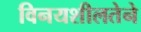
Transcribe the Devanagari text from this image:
विनयशीलतेने